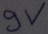
Text: 9V